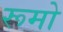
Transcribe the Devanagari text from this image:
रूमो